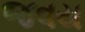
જવય